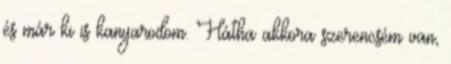
és már ki is kanyarodom. Hátha akkora szerencsém van,